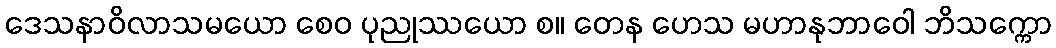
ဒေသနာဝိလာသမယော စေဝ ပုညုဿယော စ။ တေန ဟေသ မဟာနုဘာဝေါ ဘိသက္ကော